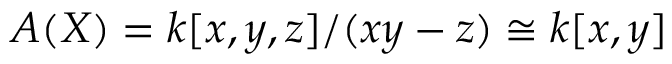
A ( X ) = k [ x , y , z ] / ( x y - z ) \cong k [ x , y ]